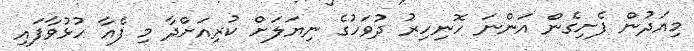
މިއަދުން ފެށިގެން އަންނަ ހޮނިހިރު ދުވަހުގެ ނިޔަލަށް ކުރިއަށްދާ މި ފެއާ ހުޅުވާފައި